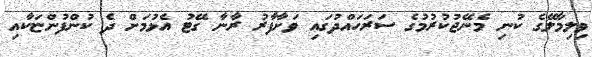
ވިލިމާލޭގެ ކުނި މެނޭޖުކުރުމުގެ ސަރަހައްދުގައި ވަށާފާރު ރާނާ ގޭޓު އެޅުމަށް ދެ ކުންފުންޏަކާއި